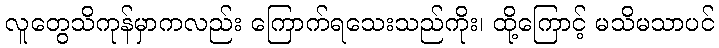
လူတွေသိကုန်မှာကလည်း ကြောက်ရသေးသည်ကိုး၊ ထို့ကြောင့် မသိမသာပင်